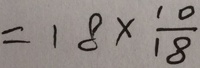
= 1 8 \times \frac { 1 0 } { 1 8 }